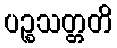
ပဉ္စသတ္တတိ